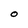
Character: O